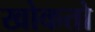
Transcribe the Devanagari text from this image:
खोकतो